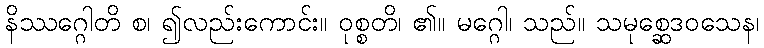
နိဿဂ္ဂေါတိ စ၊ ၍လည်းကောင်း။ ဝုစ္စတိ၊ ၏။ မဂ္ဂေါ၊ သည်။ သမုစ္ဆေဒဝသေန၊